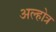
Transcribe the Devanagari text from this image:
अल्होत्र